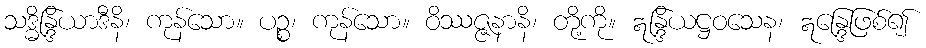
သဒ္ဓိန္ဒြိယာဒီနိ၊ ကုန်သော။ ပဉ္စ၊ ကုန်သော။ ဝိဿဇ္ဇနာနိ၊ တို့ကို။ ဣန္ဒြိယဋ္ဌဝသေန၊ ဣန္ဒြေဖြစ်၍